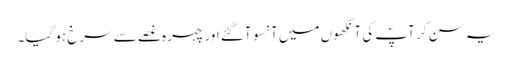
یہ سن کر آپؐ کی آنکھوں میں آنسو آگئے اور چہرہ غصے سے سرخ ہو گیا۔